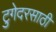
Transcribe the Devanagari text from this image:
टुगेदरसाठी